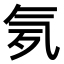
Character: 𣱚